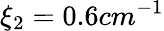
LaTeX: \xi_{2}=0.6cm^{-1}